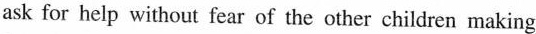
ask for help without fear of the other children making